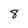
Character: 8